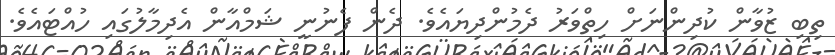
ތިބި ޒުވާން ކުދިންނަށް ހިތްވަރު ދެމުންދިޔައެވެ. ދެން ފެނުނީ ޝަމްއާން އެދިމާލުގައި ހުއްޓައެވެ.